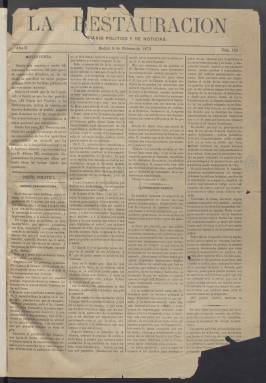
Título: La Restauración (Madrid. 1872)
Colección: Periódicos
Ámbito geográfico: Madrid
Lugar de publicación: Madrid
Fechas: 08/02/1873-06/06/1873